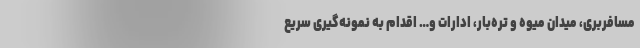
مسافربری، میدان میوه و تره‌بار، ادارات و… اقدام به نمونه‌گیری سریع